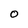
Character: O